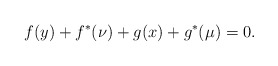
\begin{align*}f(y) + f^*(\nu) + g(x) + g^*(\mu) = 0. \end{align*}